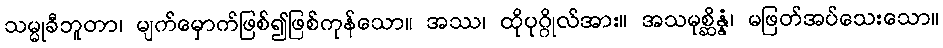
သမ္မုခီဘူတာ၊ မျက်မှောက်ဖြစ်၍ဖြစ်ကုန်သော။ အဿ၊ ထိုပုဂ္ဂိုလ်အား။ အသမုစ္ဆိန္နံ၊ မဖြတ်အပ်သေးသော။